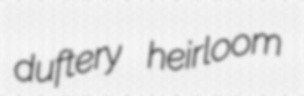
duftery heirloom